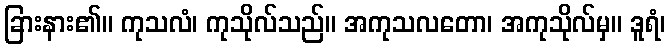
ခြားနား၏။ ကုသလံ၊ ကုသိုလ်သည်။ အကုသလတော၊ အကုသိုလ်မှ။ ဒူရံ၊